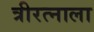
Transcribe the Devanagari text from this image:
त्रीरत्नाला